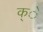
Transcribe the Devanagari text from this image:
क्े